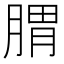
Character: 𦝩